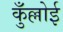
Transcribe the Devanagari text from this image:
कुँल्लोई